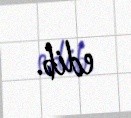
edib.